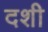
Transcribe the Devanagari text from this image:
दशी